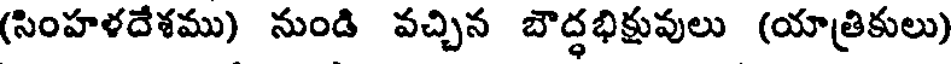
(సింహళదేశము) నుండి వచ్చిన బౌద్ధభిక్షువులు (యాత్రికులు)